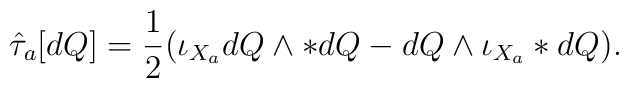
\hat\tau_{a}[dQ] =\frac{1}{2} (\iota_{X_a}dQ \wedge *dQ - dQ \wedge \iota_{X_a}*dQ).